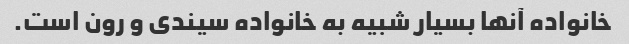
خانواده آنها بسیار شبیه به خانواده سیندی و رون است.